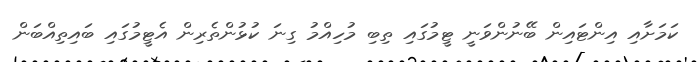
ކަމަށާއި އިންޓައިން ބޭނުންވަނީ ޓީމުގައި ތިބި މުހިއްމު ގިނަ ކުޅުންތެރިން އެޓީމުގައި ބައިތިއްބަން